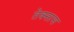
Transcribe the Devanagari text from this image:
तेक्सास